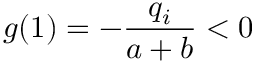
g ( 1 ) = - \frac { q _ { i } } { a + b } < 0